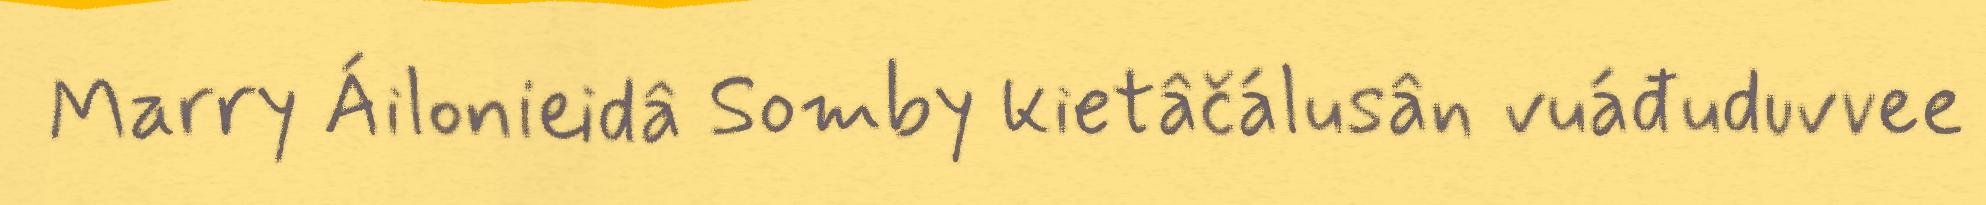
Marry Áilonieidâ Somby kietâčálusân vuáđuduvvee